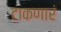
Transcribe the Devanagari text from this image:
टाकणारं